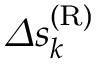
\varDelta s _ { k } ^ { \mathrm { ( R ) } }